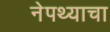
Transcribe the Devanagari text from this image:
नेपथ्याचा